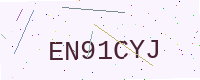
Text: EN91CYJ